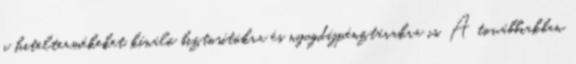
a hiteltermékeket kínáló biztosítókra és nyugdíjpénztárakra is. A továbbiakban